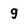
Character: 9